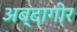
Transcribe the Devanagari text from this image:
अब्दागीर